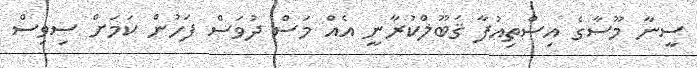
ސީނާ މޫސާގެ އިސްތިއުފާ ޤަބޫލްކުރާނީ އެއް މަސް ދުވަސް ފަހުން ކަމަށް ސިވިސް